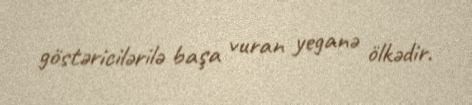
göstəricilərilə başa vuran yeganə ölkədir.